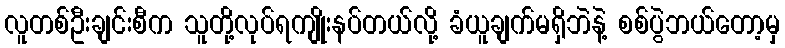
လူတစ်ဦးချင်းစီက သူတို့လုပ်ရကျိုးနပ်တယ်လို့ ခံယူချက်မရှိဘဲနဲ့ စစ်ပွဲဘယ်တော့မှ